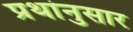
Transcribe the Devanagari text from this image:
प्रथांनुसार